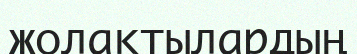
жолақтылардың